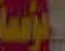
المؤسسة